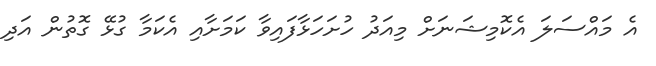
އެ މައްސަލަ އެކޮމިޝަނަށް މިއަދު ހުށަހަޅާފައިވާ ކަމަށާއި އެކަމާ ގުޅޭ ގޮތުން އަދި